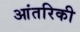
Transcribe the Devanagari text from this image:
आंतरिकी